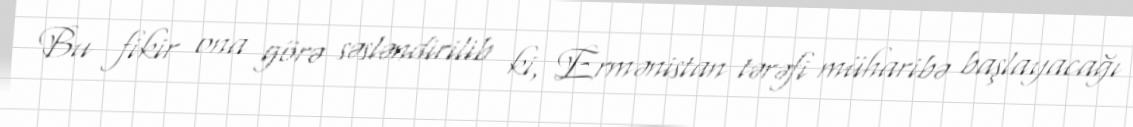
Bu fikir ona görə səsləndirilib ki, Ermənistan tərəfi müharibə başlayacağı